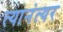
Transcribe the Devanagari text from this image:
त्यानंत्यर